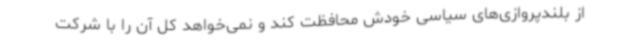
از بلندپروازی‌های سیاسی خودش محافظت کند و نمی‌خواهد کل آن را با شرکت